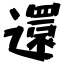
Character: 還